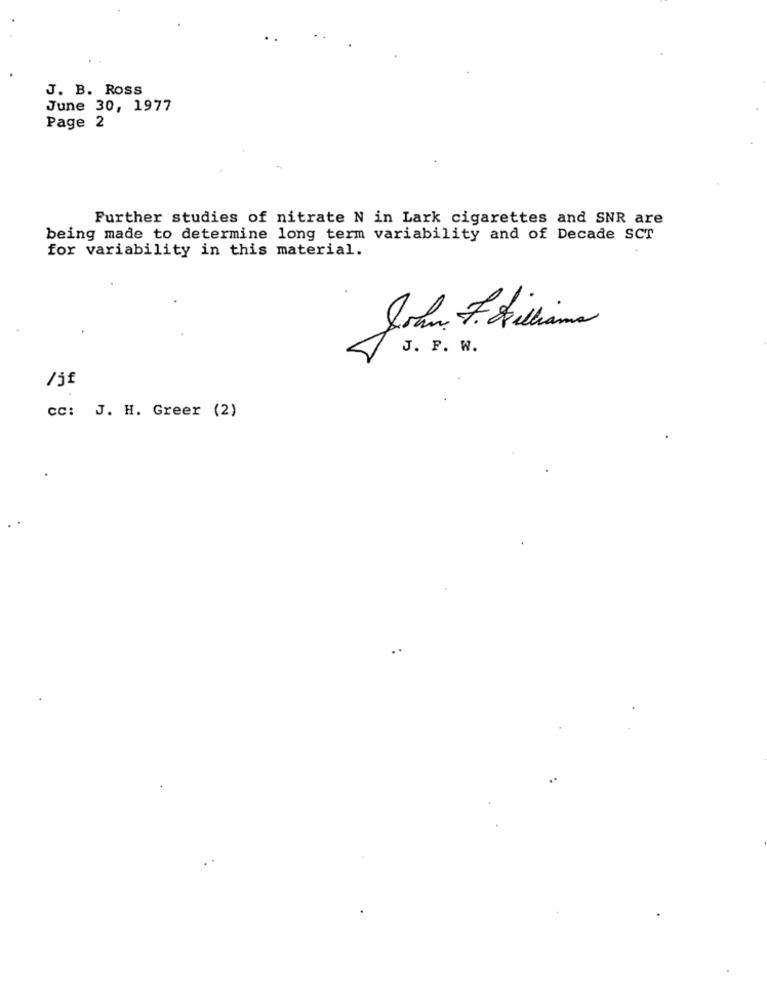
J. B. ROSS
June 30, 1977
Page 2
Further studies of nitrate N in Lark cigarettes and SNR are
being made to determine long term variability and of Decade SCT
for variability in this material.
John F. Stillima
J. F. W.
/jf
cc: J. H. Greer (2)